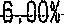
6.00%